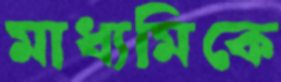
মাধ্যমিকে